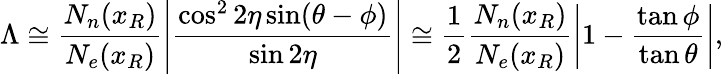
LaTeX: \Lambda\cong\frac{N_{n}(x_{R})}{N_{e}(x_{R})}\left|\frac{\cos^{2}2\eta\sin(\theta-\phi)}{\sin 2\eta}\right|\cong\frac{1}{2}\frac{N_{n}(x_{R})}{N_{e}(x_{R})}\left|1-\frac{\tan\phi}{\tan\theta}\right|,